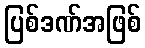
ပြစ်ဒဏ်အဖြစ်